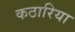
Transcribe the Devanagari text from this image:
कठारिया